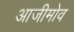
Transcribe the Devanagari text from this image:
आजीमोव